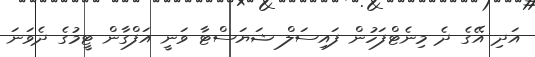
އަދި އޭގެ ދެ މިނެޓްފަހުން ފައިސަލް ޝަޔަސްޓާ ވަނީ އަފްގާން ޓީމުގެ ދެވަނަ